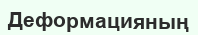
Деформацияның